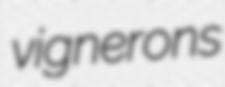
vignerons